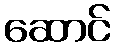
ဆောင်